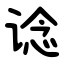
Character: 谂